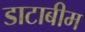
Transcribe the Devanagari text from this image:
डाटाबीम